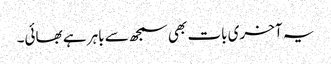
یہ آخری بات بھی سمجھ سے باہر ہے بھائی۔